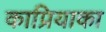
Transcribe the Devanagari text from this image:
काप्रियाका